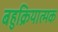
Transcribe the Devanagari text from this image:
बहुक्रियात्मक